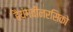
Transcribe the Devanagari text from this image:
हैयंगवीनरसिको